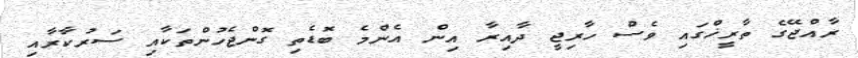
ރާއްޖޭގެ ތާރީޚްގައި ވެސް ހާރިޖީ ދާއިރާ އިން އެންމެ ބޮޑެތި ގޮންޖެހުންތަކާއި ސަރުކާރާއި